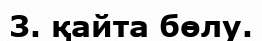
3. қайта бөлу.